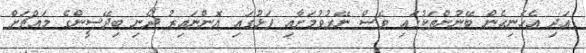
އަދި އެހެނިހެން ބޭނުންތަކުގައި ވެސް ނޭރުވުމަށާއި ފަޅުގައި އޮންނައިރު ދޯނި ބިދޭސީންގެ މައްޗަށް